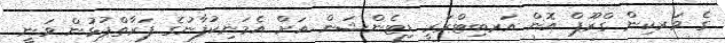
ގެ ވަރކިން ގްރޫޕް އޮން އަރބިޓްރަރީ ޑިޓެންޝަން އަށް އެމަނިކުފާނުގެ ފަރާތްޕުޅުން ވަނީ